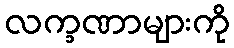
လက္ခဏာများကို